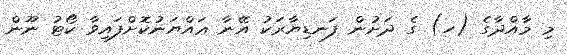
މި މާއްދާގެ (ހ) ގެ ދަށުން ފަނޑިޔާރަކު އޭނާ ޢައްޔަނުކޮށްފައިވާ ކޯޓު ނޫން